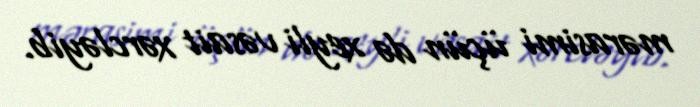
mərasimi üçün də xeyli vəsait xərcləyib.